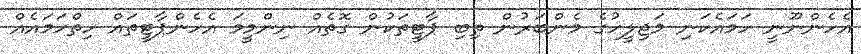
އެހެންނޫނީ ހަމައެކަނި މަޖިލީހުގެ މެންބަރުން ތިބި ޕާޓީތަކުން ގޮތެއް ނިންމީމަ އެހެންޕާޓީތައް ހިތްހަމައެއް